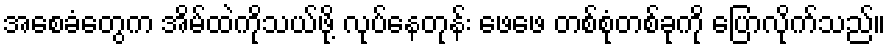
အစေခံတွေက အိမ်ထဲကိုသယ်ဖို့ လုပ်နေတုန်း ဖေဖေ တစ်စုံတစ်ခုကို ပြောလိုက်သည်။